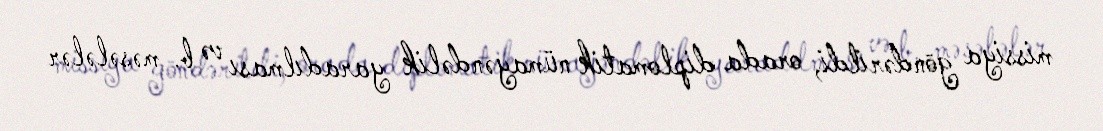
missiya göndərildi, orada diplomatik nümayəndəlik yaradılması və b. məsələlər